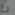
رع